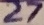
Text: 27